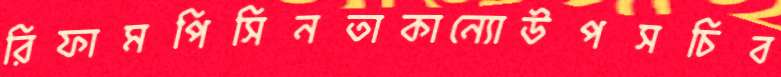
রিফামপিসিনতাকান্যোউপসচিব